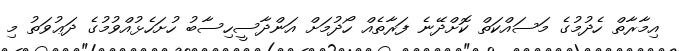
އިމާރާތް ހެދުމުގެ މަސައްކަތް ކޮށްދޭނެ ފަރާތެއް ހޯދުމަށް އަންދާސީހިސާބު ހުށަހެޅުއްވުމުގެ ދަޢުވަތު މި